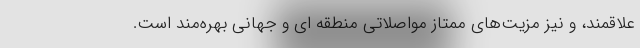
علاقمند، و نیز مزیت‌های ممتاز مواصلاتی منطقه ای و جهانی بهره‌مند است.